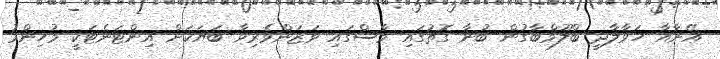
އޭނާއާ ހަވާލާދީ ބްލޫމްބާގުން ބުނާ ގޮތުގައި މާސްގައި ވަޒަންވެރިވާ ބަޔަކަށް އިންޓަނެޓަކީ މުހިންމު